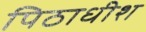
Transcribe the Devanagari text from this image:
पिठाधीश